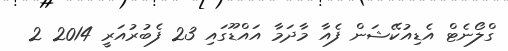
ގްލޯނެޓް އެޑިއުކޭޝަން ފެއާ މާދަމާ އައްޑޫގައި 23 ފެބުރުއަރީ 2014 2